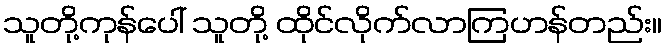
သူတို့ကုန်ပေါ် သူတို့ ထိုင်လိုက်လာကြဟန်တည်း။